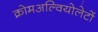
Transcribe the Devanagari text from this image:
क्रोमअल्वियोलेटों